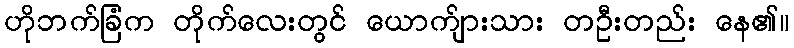
ဟိုဘက်ခြံက တိုက်လေးတွင် ယောက်ျားသား တဦးတည်း နေ၏။